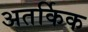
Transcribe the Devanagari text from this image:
अतर्किक